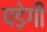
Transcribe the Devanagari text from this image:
पड़ेगीं